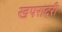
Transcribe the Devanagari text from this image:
खपरादरी